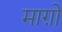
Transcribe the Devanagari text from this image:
माग़ो